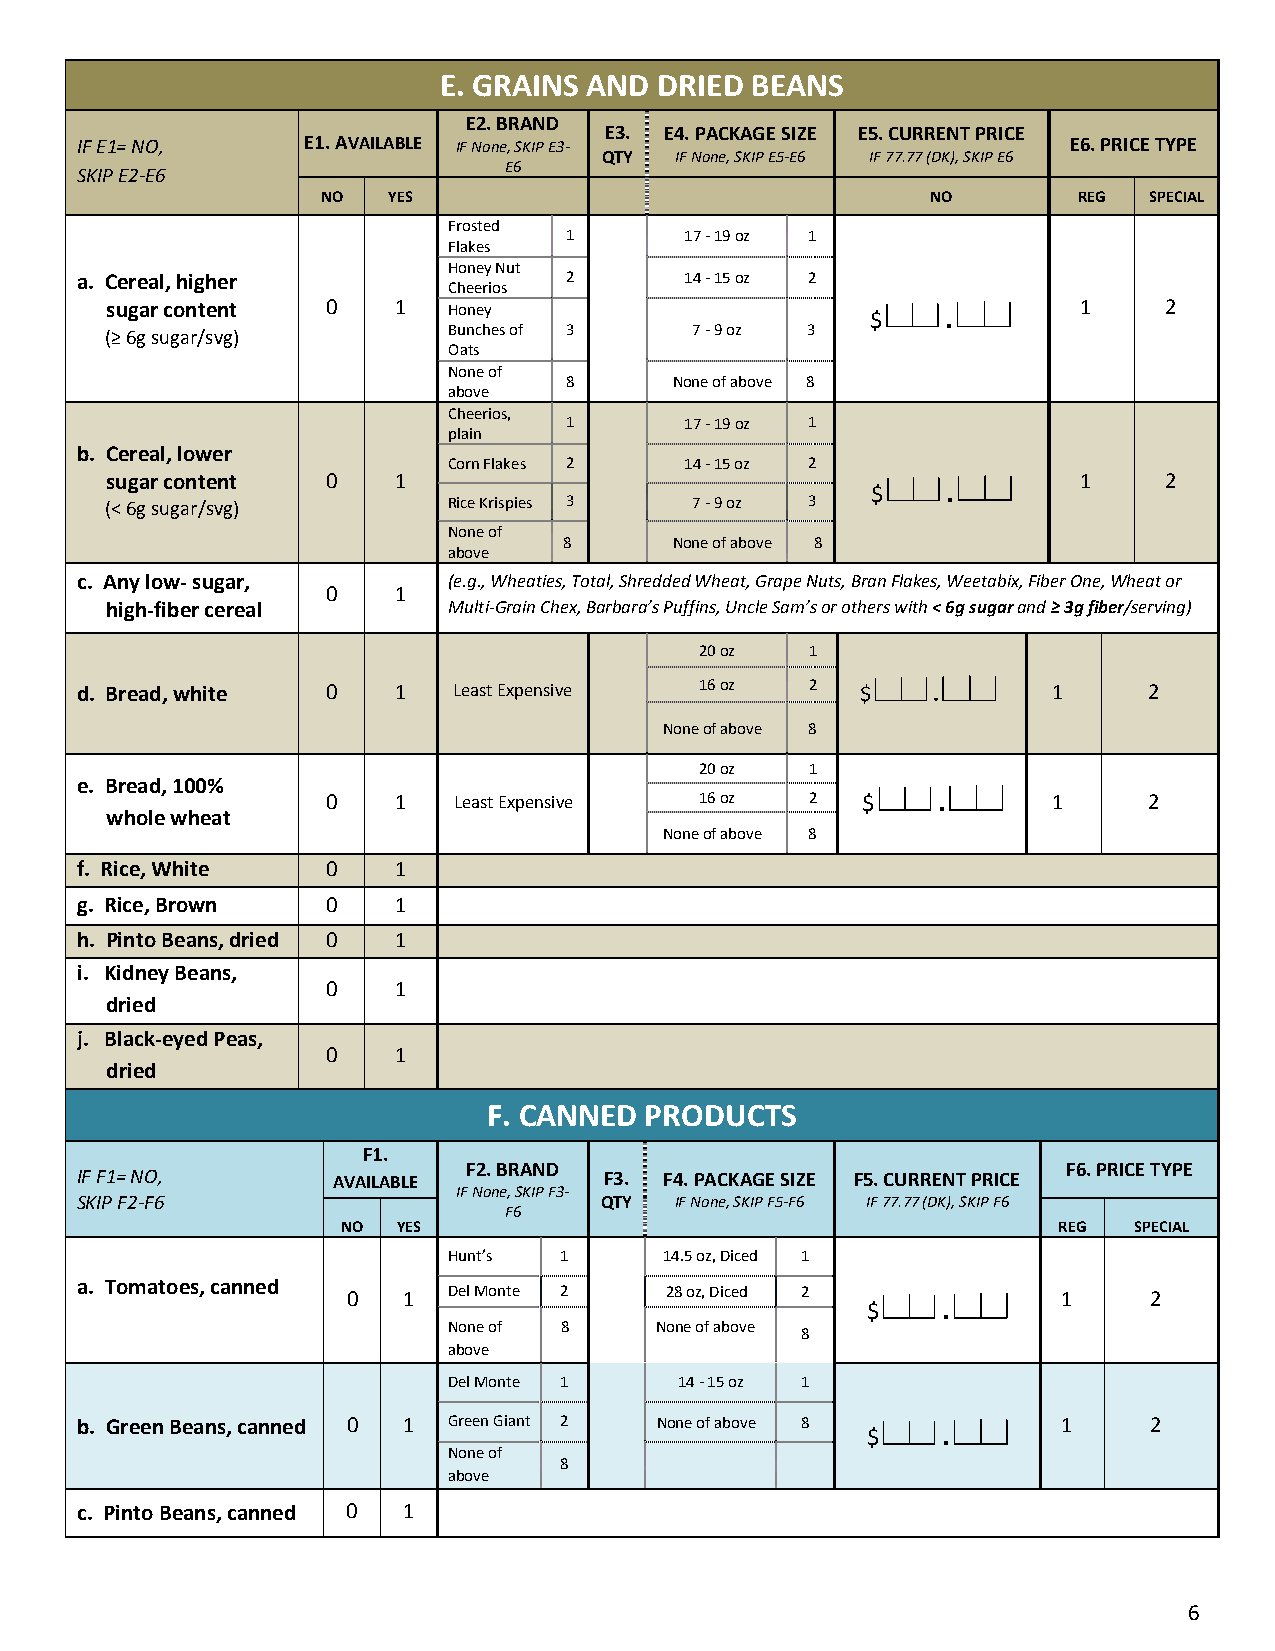
E. GRAINS AND  DRIED BEANS
 E2. BRAND
 E3. E4. PACKAGE SIZE E5. CURRENT PRICE
 IF E1= NO,     E1. AVAILABLE IF None, SKIP E3-                    E6. PRICE TYPE
 QTY  IF None, SKIP E5-E6 IF 77.77 (DK), SKIP E6
 E6
 SKIP E2-E6
 NO   YES                                 NO       REG  SPECIAL
 Frosted
 1       17 - 19 oz 1
 Flakes
 Honey Nut
 a. Cereal, higher               2       14 - 15 oz 2
 Cheerios
 sugar content  0   1   Honey                       $    .        1    2
 (≥ 6g sugar/svg)       Bunches of 3    7 - 9 oz 3
 Oats
 None of
 8       None of above 8
 above
 Cheerios,
 1       17 - 19 oz 1
 plain
 b. Cereal, lower
 Corn Flakes 2  14 - 15 oz 2
 (s <u 6g ga r
 s
 uc go an r/t se vn gt
 )
 0   1
 Rice Krispies 3 7 - 9 oz 3
 $    .
 1    2
 None of
 8       None of above 8
 above
 c. Any low- sugar,       (e.g., Wheaties, Total, Shredded Wheat, Grape Nuts, Bran Flakes, Weetabix, Fiber One, Wheat or
 0   1
 high-fiber cereal      Multi-Grain Chex, Barbara’s Puffins, Uncle Sam’s or others with < 6g sugar and ≥ 3g fiber/serving)
 20 oz   1
 d. Bread, white  0   1   Least Expensive 16 oz   2  $    .       1     2
 None of above 8
 20 oz   1
 e. Bread, 100%
 0   1   Least Expensive 16 oz   2  $    .       1     2
 whole wheat
 None of above 8
 f. Rice, White   0   1
 g. Rice, Brown   0   1
 h. Pinto Beans, dried 0 1
 i. Kidney Beans,
 0   1
 dried
 j. Black-eyed Peas,
 0   1
 dried
 F. CANNED  PRODUCTS
 F1.
 IF F1= NO,       AVAILABLE F2. BRAND F3. F4. PACKAGE SIZE F5. CURRENT PRICE F6. PRICE TYPE
 IF None, SKIP F3-
 SKIP F2-F6                         QTY  IF None, SKIP F5-F6 IF 77.77 (DK), SKIP F6
 F6
 NO YES                                         REG  SPECIAL
 Hunt’s 1      14.5 oz, Diced 1
 a. T omatoes, canned 0 1 Del Monte 2   28 oz, Diced 2
 $    .
 1     2
 None of 8    None of above
 8
 above
 Del Monte 1    14 - 15 oz 1
 b. Green Beans, canned 0 1 Green Giant 2 None of above 8
 $    .
 1     2
 None of
 8
 above
 c. Pinto Beans, canned 0 1
 6